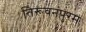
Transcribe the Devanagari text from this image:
तिरूवनंपुरम